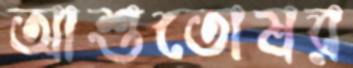
আশুতোষর